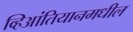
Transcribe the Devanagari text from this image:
व्हिआंतियानमधील